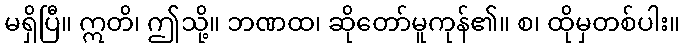
မရှိပြီ။ ဣတိ၊ ဤသို့။ ဘဏထ၊ ဆိုတော်မူကုန်၏။ စ၊ ထိုမှတစ်ပါး။